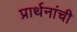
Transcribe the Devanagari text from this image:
प्रार्थनांची